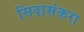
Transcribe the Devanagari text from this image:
सिवासंकरा